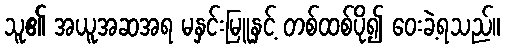
သူ၏ အယူအဆအရ မနှင်းမြူနှင့် တစ်ထစ်ပို၍ ဝေးခဲ့ရသည်။